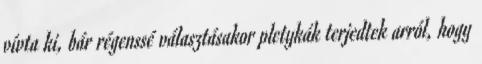
vívta ki, bár régenssé választásakor pletykák terjedtek arról, hogy